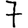
Digit: 7